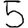
Digit: 5